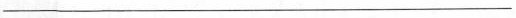
___